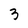
Character: 3